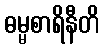
ဓမ္မစာရိနီတိ